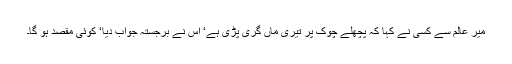
میر عالم سے کسی نے کہا کہ پچھلے چوک پر تیری ماں گری پڑی ہے‘ اس نے برجستہ جواب دیا‘ کوئی مقصد ہو گا۔